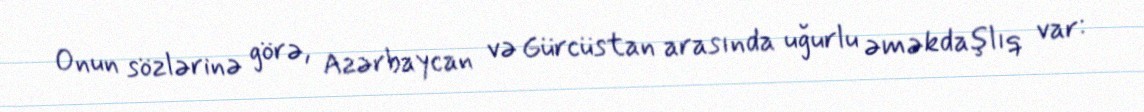
Onun sözlərinə görə, Azərbaycan və Gürcüstan arasında uğurlu əməkdaşlıq var: